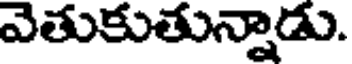
వెతుకుతున్నాడు.